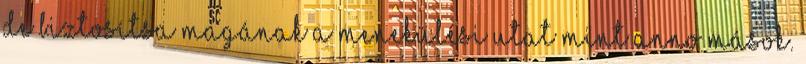
de biztosítsa magának a menekülési utat mint anno mások.